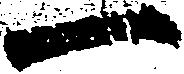
一